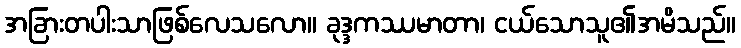
အခြားတပါးသာဖြစ်လေသလော။ ခုဒ္ဒကဿမာတာ၊ ငယ်သောသူ၏အမိသည်။